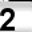
Digit: 2